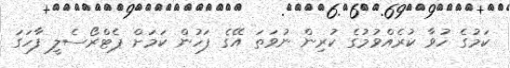
ކަމުގެ ހުވާ ކުރެއްވުމުގެ ކުރިން ނުވަތަ އޭގެ ފަހުން ކަމަށް ޕެޓްރޯސެލީ ފާހަގަ